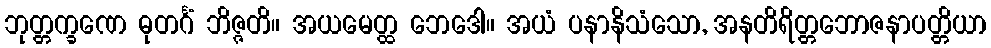
ဘုတ္တက္ခဏေ ဓုတင်္ဂံ ဘိဇ္ဇတိ။ အယမေတ္ထ ဘေဒေါ။ အယံ ပနာနိသံသော, အနတိရိတ္တဘောဇနာပတ္တိယာ